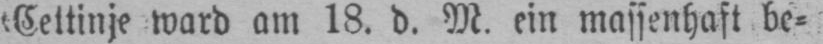
Cettinje ward am 18. d. M. ein massenhaft be⸗